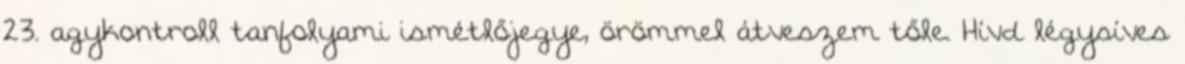
23. agykontroll tanfolyami ismétlőjegye, örömmel átveszem tőle. Hívd légysíves